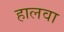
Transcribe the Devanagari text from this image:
हालवा